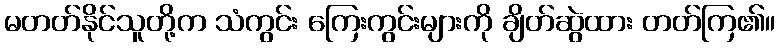
မတတ်နိုင်သူတို့က သံကွင်း ကြေးကွင်းများကို ချိတ်ဆွဲထား တတ်ကြ၏။